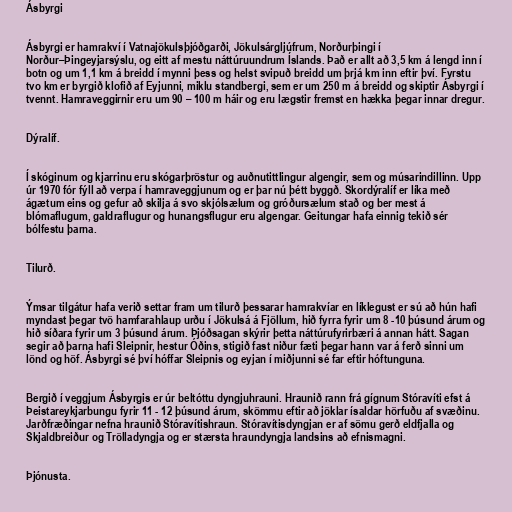
Ásbyrgi

Ásbyrgi er hamrakví í Vatnajökulsþjóðgarði, Jökulsárgljúfrum, Norðurþingi í
Norður–Þingeyjarsýslu, og eitt af mestu náttúruundrum Íslands. Það er allt að 3,5 km á lengd inn í
botn og um 1,1 km á breidd í mynni þess og helst svipuð breidd um þrjá km inn eftir því. Fyrstu
tvo km er byrgið klofið af Eyjunni, miklu standbergi, sem er um 250 m á breidd og skiptir Ásbyrgi í
tvennt. Hamraveggirnir eru um 90 – 100 m háir og eru lægstir fremst en hækka þegar innar dregur.

Dýralíf.

Í skóginum og kjarrinu eru skógarþröstur og auðnutittlingur algengir, sem og músarindillinn. Upp
úr 1970 fór fýll að verpa í hamraveggjunum og er þar nú þétt byggð. Skordýralíf er líka með
ágætum eins og gefur að skilja á svo skjólsælum og gróðursælum stað og ber mest á
blómaflugum, galdraflugur og hunangsflugur eru algengar. Geitungar hafa einnig tekið sér
bólfestu þarna.

Tilurð.

Ýmsar tilgátur hafa verið settar fram um tilurð þessarar hamrakvíar en líklegust er sú að hún hafi
myndast þegar tvö hamfarahlaup urðu í Jökulsá á Fjöllum, hið fyrra fyrir um 8 -10 þúsund árum og
hið síðara fyrir um 3 þúsund árum. Þjóðsagan skýrir þetta náttúrufyrirbæri á annan hátt. Sagan
segir að þarna hafi Sleipnir, hestur Óðins, stigið fast niður fæti þegar hann var á ferð sinni um
lönd og höf. Ásbyrgi sé því hóffar Sleipnis og eyjan í miðjunni sé far eftir hóftunguna.

Bergið í veggjum Ásbyrgis er úr beltóttu dyngjuhrauni. Hraunið rann frá gígnum Stóravíti efst á
Þeistareykjarbungu fyrir 11 - 12 þúsund árum, skömmu eftir að jöklar ísaldar hörfuðu af svæðinu.
Jarðfræðingar nefna hraunið Stóravítishraun. Stóravítisdyngjan er af sömu gerð eldfjalla og
Skjaldbreiður og Trölladyngja og er stærsta hraundyngja landsins að efnismagni.

Þjónusta.